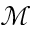
\mathcal { M }